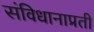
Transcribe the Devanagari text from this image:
संविधानाप्रती